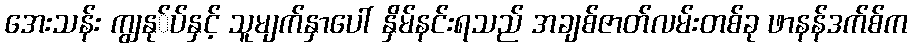
အေးသန်း ကျွနု်ပ်နှင့် သူမျက်နှာပေါ် နှိမ်နင်းရသည် အချစ်ဇာတ်လမ်းတစ်ခု ဖာနန်ဒက်စ်က